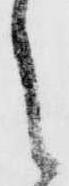
之